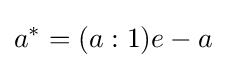
a^{*}=(a:1)e-a